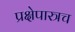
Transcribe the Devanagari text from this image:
प्रक्षेपास्त्रच